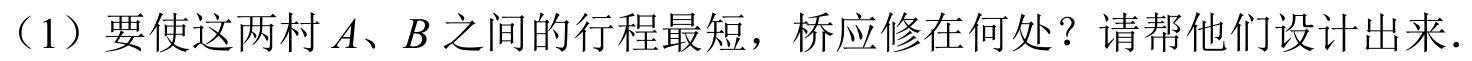
（1）要使这两村\(A、B\)之间的行程最短，桥应修在何处？请帮他们设计出来．